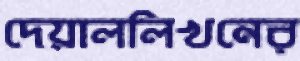
দেয়াললিখনের